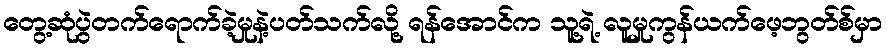
တွေ့ဆုံပွဲတက်ရောက်ခဲ့မှုနဲ့ပတ်သက်လို့ ရန်အောင်က သူ့ရဲ့ လူမှုကွန်ယက်ဖေ့ဘွတ်စ်မှာ